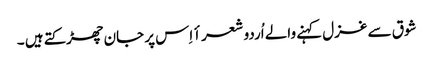
شوق سے غزل کہنے والے اُردو شعرأ اِس پر جان چھڑکتے ہیں ۔